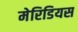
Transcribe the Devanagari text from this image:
मेरिडियस